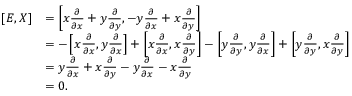
\begin{array} { r l } { [ E , X ] } & { = \left[ x \frac { \partial } { \partial x } + y \frac { \partial } { \partial y } , - y \frac { \partial } { \partial x } + x \frac { \partial } { \partial y } \right] } \\ & { = - \left[ x \frac { \partial } { \partial x } , y \frac { \partial } { \partial x } \right] + \left[ x \frac { \partial } { \partial x } , x \frac { \partial } { \partial y } \right] - \left[ y \frac { \partial } { \partial y } , y \frac { \partial } { \partial x } \right] + \left[ y \frac { \partial } { \partial y } , x \frac { \partial } { \partial y } \right] } \\ & { = y \frac { \partial } { \partial x } + x \frac { \partial } { \partial y } - y \frac { \partial } { \partial x } - x \frac { \partial } { \partial y } } \\ & { = 0 . } \end{array}